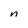
Character: n